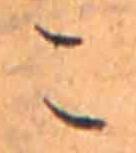
こ